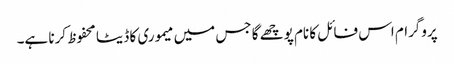
پروگرام اس فائل کا نام پوچھے گا جس میں میموری کا ڈیٹا محفوظ کرنا ہے۔